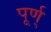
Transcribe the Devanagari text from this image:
पूर्ण्